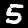
Label: 5